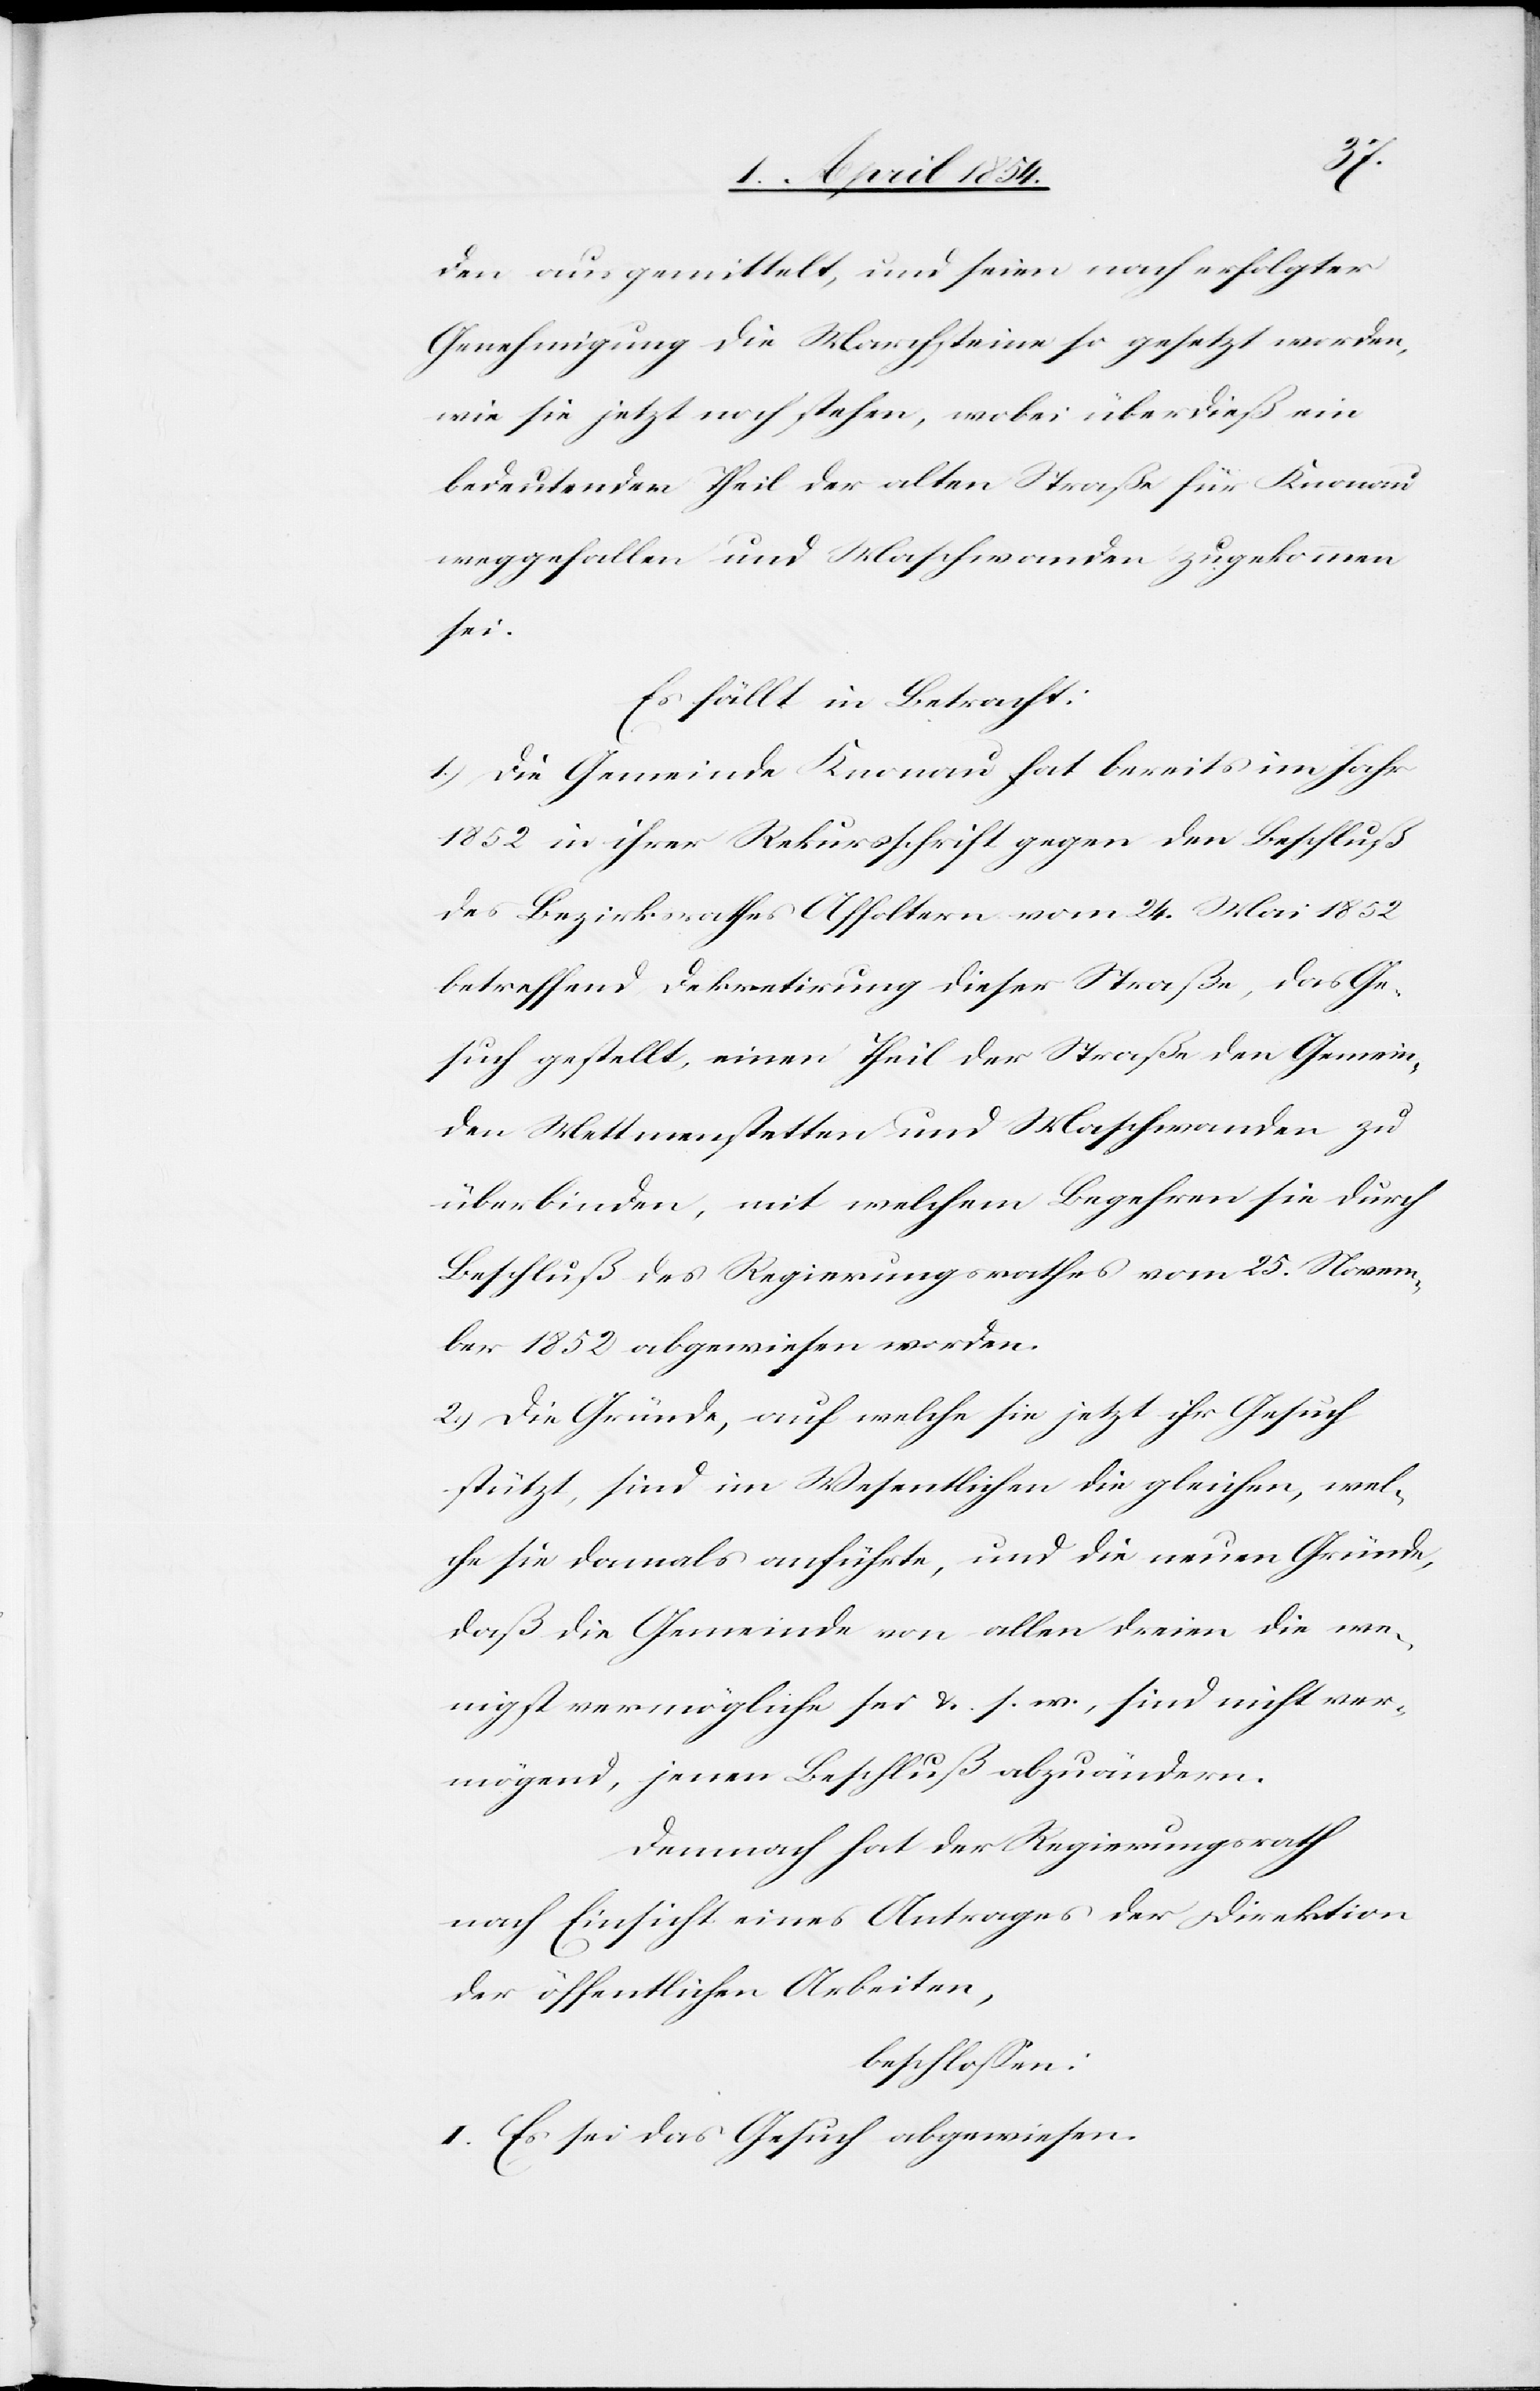
den ausgemittelt, und seien nach erfolgter
Genehmigung die Marchsteine so gesetzt worden,
wie sie jetzt noch stehen, wobei überdieß ein
bedeutender Theil der alten Straße für Knonau
weggefallen und Maschwanden zugekommen
sei.
Es fällt in Betracht:
1.) Die Gemeinde Knonau hat bereits im Jahr
1852 in ihrer Rekursschrift gegen den Beschluß
des Bezirksrathes Affoltern vom 24. Mai 1852
betreffend Dekretirung dieser Straße, das Ge¬
such gestellt, einen Theil der Straße den Gemein¬
den Mettmenstetten und Maschwanden zu
überbinden, mit welchem Begehren sie durch
Beschluß des Regierungsrathes vom 25. Novem¬
ber 1852 abgewiesen worden.
2.) Die Gründe, auf welche sie jetzt ihr Gesuch
stützt, sind im Wesentlichen die gleichen, wel¬
che sie damals anführte, und die neuen Gründe,
daß die Gemeinde von allen dreien die we¬
nigst vermögliche sei u. s. w., sind nicht ver¬
mögend, jenen Beschluß abzuändern.
Demnach hat der Regierungsrath
nach Einsicht eines Antrages der Direktion
der öffentlichen Arbeiten,
beschloßen:
I. Es sei das Gesuch abgewiesen.